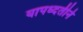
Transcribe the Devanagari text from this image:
यापध्दतीने